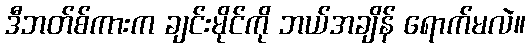
ဒီဘတ်စ်ကားက ချင်းမိုင်ကို ဘယ်အချိန် ရောက်မလဲ။